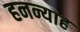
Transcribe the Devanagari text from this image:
हनन्याह